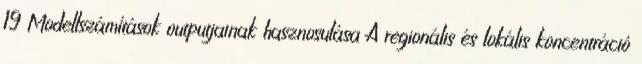
19 Modellszámítások outputjainak hasznosulása A regionális és lokális koncentráció